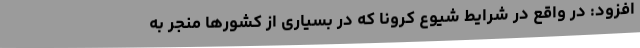
افزود: در واقع در شرایط شیوع کرونا که در بسیاری از کشورها منجر به